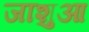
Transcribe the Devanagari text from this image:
जाशुआ